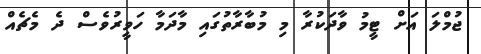
ޖުމްލަ އަށް ޓީމު ވާދަކުރާ މި މުބާރާތުގައި މާދަމާ ހަވީރުވެސް ދެ މެޗެއް